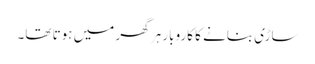
ساڑی بنانے کا کاروبار ہر گھر میں ہوتا تھا۔